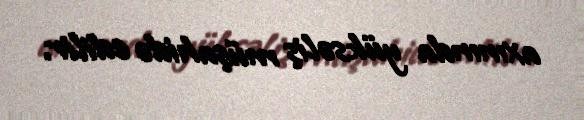
axınında yüksəliş müşahidə edilir.